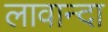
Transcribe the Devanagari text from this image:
लावान्दा